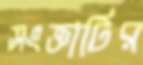
সংজ্ঞাটির